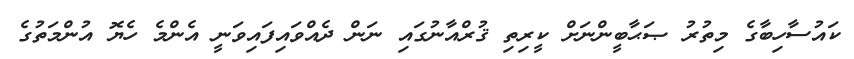
ކައުސާހިބާގެ މިތުރު ޞަޙާބީންނަށް ކީރިތި ޤުރްއާނުގައި ނަން ދެއްވައިފައިވަނީ އެންމެ ހެޔޮ އުންމަތުގެ